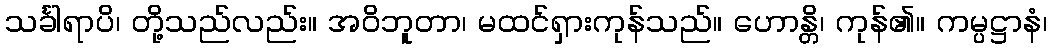
သင်္ခါရာပိ၊ တို့သည်လည်း။ အဝိဘူတာ၊ မထင်ရှားကုန်သည်။ ဟောန္တိ၊ ကုန်၏။ ကမ္ပဋ္ဌာနံ၊